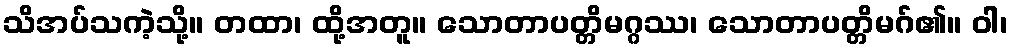
သိအပ်သကဲ့သို့။ တထာ၊ ထို့အတူ။ သောတာပတ္တိမဂ္ဂဿ၊ သောတာပတ္တိမဂ်၏။ ဝါ၊